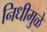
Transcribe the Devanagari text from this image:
निधीमुळे